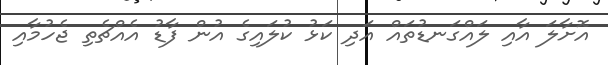
އޮށާލަ އާއި ލައްގަނޑުތައް އަދި ކަޅު ކުލައިގެ އުން ފާޑު އެެއްޗެތި ޖެހުމާއި